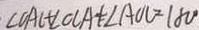
\angle O A C + \angle O C A + \angle A O C = 1 8 0 ^ { \circ }